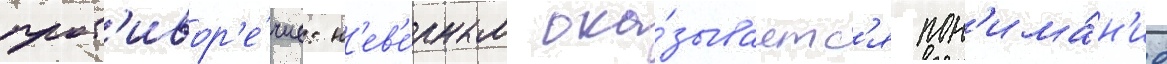
прот'ивор'е́чие: н'ев'е́рным ока́зываетс'я пон'има́н'ие